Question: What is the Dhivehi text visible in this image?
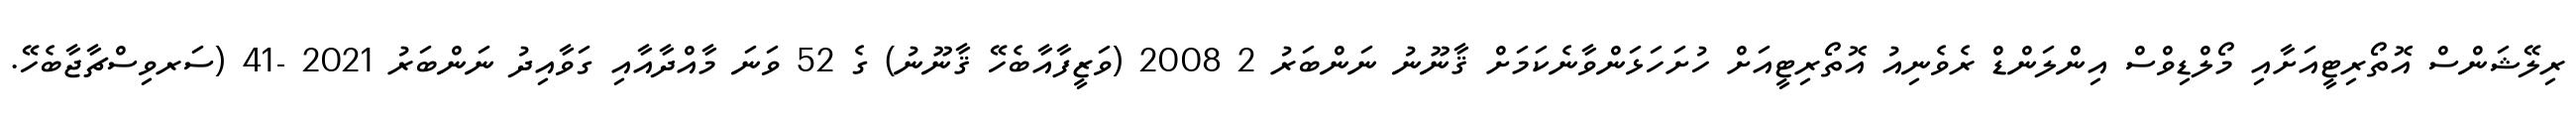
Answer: ރިލޭޝަންސް އޮތޯރިޓީއަށާއި މޯލްޑިވްސް އިންލަންޑް ރެވެނިއު އޮތޯރިޓީއަށް ހުށަހަޅަންވާނެކަމަށް ޤާނޫނު ނަންބަރު 2 2008 (ވަޒީފާއާބެހޭ ޤާނޫނު) ގެ 52 ވަނަ މާއްދާއާއި ގަވާއިދު ނަންބަރު 2021 -41 (ސަރވިސްޗާޖާބެހޭ.